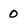
Character: O